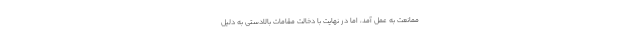
ممانعت به عمل آمد، اما در نهایت با دخالت مقامات بالادستی به دلیل